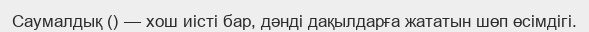
Саумалдық () — хош иісті бар, дәнді дақылдарға жататын шөп өсімдігі.